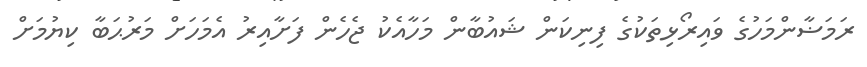
ރަމަޟާންމަހުގެ ވައިރޯޅިތަކުގެ ފިނިކަން ޝައުބާން މަހާއެކު ޖެހެން ފަށާއިރު އެމަހަށް މަރުޙަބާ ކިޔުމަށް